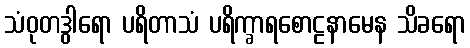
သံဝုတဒွါရော ပရိတာသံ ပရိက္ခာရစောဠနာမေန သိခရော